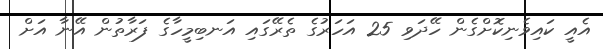
އެއީ ކައިވެނިކޮށްގެން ހޭދަވި 25 އަހަރުގެ ތެރޭގައި އަނބިމީހާގެ ފަރާތުން އޭނާ އަށް